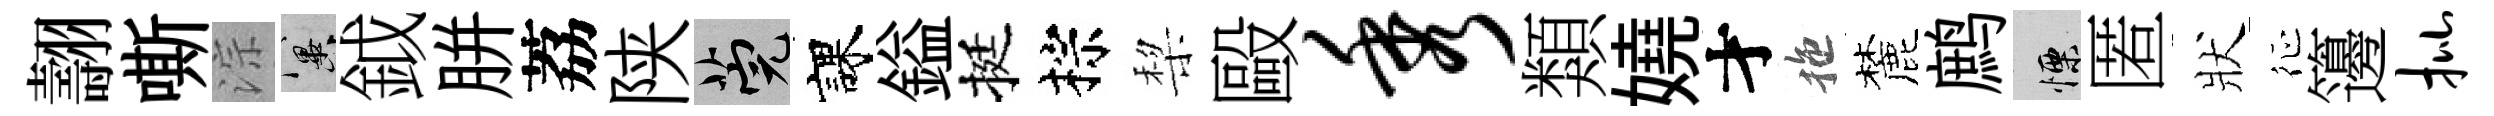
翿嘶淙冀鉞胼荔陕筦課鎰挺棕棃毆秀類嬈才拖麓鹧慄匿狀征籩批